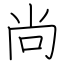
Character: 尚